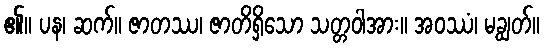
၏။ ပန၊ ဆက်။ ဇာတဿ၊ ဇာတိရှိသော သတ္တဝါအား။ အဝဿံ၊ မချွတ်။